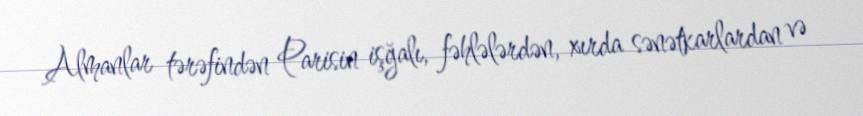
Almanlar tərəfindən Parisin işğalı, fəhlələrdən, xırda sənətkarlardan və